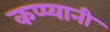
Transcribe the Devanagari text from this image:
कप्प्यानी